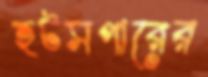
হটসপারের